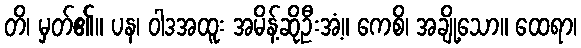
တိ၊ မှတ်၏။ ပန၊ ဝါဒအထူး အမိန့်ဆိုဦးအံ့။ ကေစိ၊ အချို့သော။ ထေရာ၊